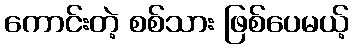
ကောင်းတဲ့ စစ်သား ဖြစ်ပေမယ့်